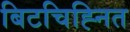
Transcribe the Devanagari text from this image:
बिटचिह्नित